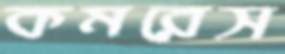
কমরেস